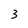
Character: 3